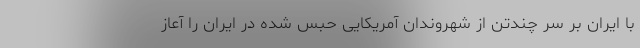
با ایران بر سر چندتن از شهروندان آمریکایی حبس شده در ایران را آعاز